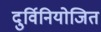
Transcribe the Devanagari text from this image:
दुर्विनियोजित